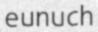
eunuch